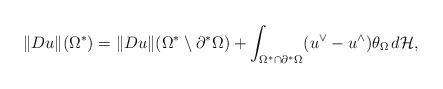
LaTeX: \begin{align*}\Vert Du\Vert(\Omega^*)=\Vert Du\Vert(\Omega^*\setminus\partial^*\Omega)+\int_{\Omega^*\cap\partial^*\Omega}(u^{\vee}-u^{\wedge})\theta_{\Omega}\,d\mathcal H,\end{align*}